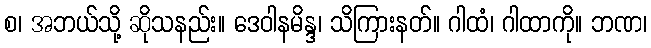
စ၊ အဘယ်သို့ ဆိုသနည်း။ ဒေဝါနမိန္ဒ၊ သိကြားနတ်။ ဂါထံ၊ ဂါထာကို။ ဘဏ၊